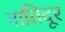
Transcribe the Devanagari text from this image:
नातिदूर